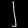
Digit: ၂